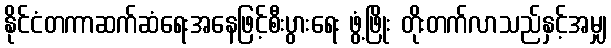
နိုင်ငံတကာဆက်ဆံရေးအနေဖြင့်စီးပွားရေး ဖွံ့ဖြိုး တိုးတက်လာသည်နှင့်အမျှ